Annual administration report of the Civil Veterinary Department of India - 1908-1909
Year: 1908
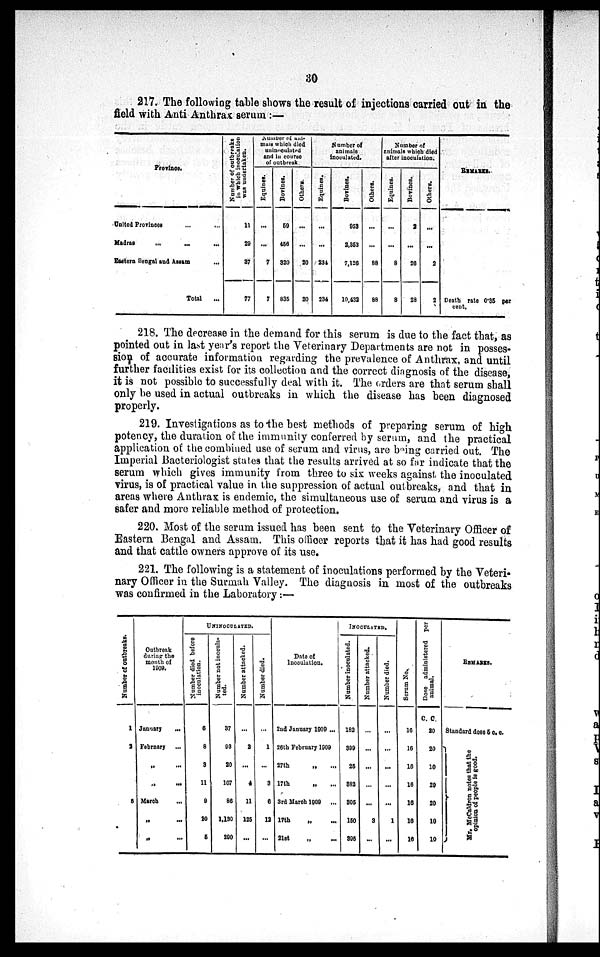
30
217. The following table shows the result of injections carried out in the
field with Anti Anthrax serum:—
Provisce.
United Provinces ... ...
Madras ... ... ...
Eastern Bengal and Assam ...
Total ...
Number of outbreaks
in which inoculation
was undertaken.
11
29
37
77
Number of ani-
mals which died
uninnculated
and in course
of outbreak.
Equines.
...
...
7
7
Bovines.
59
456
320
835
Others.
...
...
20
20
Number of
animals
inoculated.
Equines.
...
...
234
234
Bovines.
953
2,353
7,120
10,432
Others.
...
...
88
88
Number of
animals which died
after inoculation.
Equines.
...
...
8
8
Bovines.
2
...
26
28
Others.
...
...
2
2
REMARKS.
Death rate 0.35 per
cent.
218. The decrease in the demand for this serum is due to the fact that, as
pointed out in last year's report the Veterinary Departments are not in posses-
sion of accurate information regarding the prevalence of Anthrax, and until
further facilities exist for its collection and the correct diagnosis of the disease,
it is not possible to successfully deal with it. The orders are that serum shall
only be used in actual outbreaks in which the disease has been diagnosed
properly.
219. Investigations as to the best methods of preparing serum of high
potency, the duration of the immunity conferred by serum, and the practical
application of the combined use of serum and virus, are being carried out. The
Imperial Bacteriologist states that the results arrived at so far indicate that the
serum which gives immunity from three to six weeks against the inoculated
virus, is of practical value in the suppression of actual outbreaks, and that in
areas where Anthrax is endemic, the simultaneous use of serum and virus is a
safer and more reliable method of protection.
220. Most of the serum issued has been sent to the Veterinary Officer of
Eastern Bengal and Assam. This officer reports that it has had good results
and that cattle owners approve of its use.
221. The following is a statement of inoculations performed by the Veteri-
nary Officer in the Surmah Valley. The diagnosis in most of the outbreaks
was confirmed in the Laboratory:—
Number of outbreaks.
1
3
5
Outbreak
during the
mouth of
1009.
January
...
February ...
.. ...
... ...
March ...
„ ...
„
...
UNINOCULATED.
Number died before
inoculation.
6
8
3
11
8
20
5
I
N umber not inocula-
ted.
37
93
20
107
86
1,130
290
Number attacked.
...
2
...
4
11
125
...
Number died.
...
1
...
3
6
12
...
Date of
Inoculation.
2nd January 1909 ...
26th February 1909
27th „ ...
17th „ ...
3rd March 1909 ...
17th „ ....
21st
„
...
INOCULATED.
Number inoculated.
182
399
26
382
305
150
895
Number attacked.
...
...
...
...
3
...
Number died.
...
...
...
...
...
1
...
Sc r
um No.
16
16
16
16
16
16
16
Dose administered per
animal.
C. C.
20
20
10
20
20
10
10
REMARKS.
Standard dose 5 c. c.
}Mr.
McCaldron notes that the
opinion of people is good.